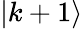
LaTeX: |k+1\rangle